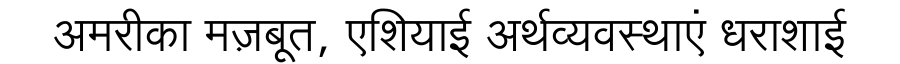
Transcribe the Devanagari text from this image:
अमरीका मज़बूत, एशियाई अर्थव्यवस्थाएं धराशाई